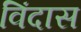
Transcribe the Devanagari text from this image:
विंदास